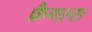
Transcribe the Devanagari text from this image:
फ्रैगल्स